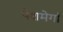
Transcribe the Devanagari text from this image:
पेशमेर्गा